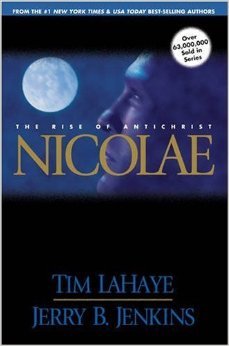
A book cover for Nicolae - The Rise Of Antichrist, The Continuing Drama Of Those Left Behind; Tim; Jenkins, Jerry B. Lahaye; Religion & Spirituality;